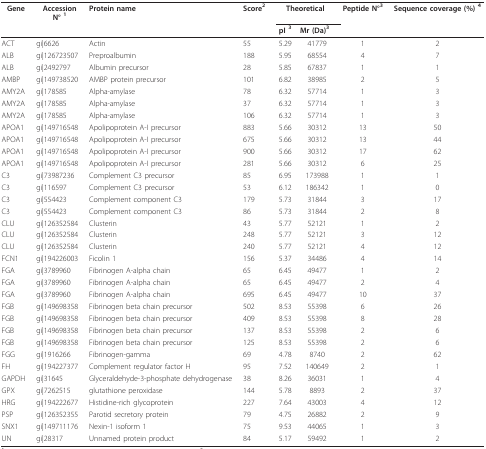
<table><thead><tr><td><b>Gene</b></td><td><b>AccessionN° <sup>1</sup></b></td><td><b>Protein name</b></td><td><b>Score<sup>2</sup></b></td><td colspan="2"><b>Theoretical</b></td><td><b>Peptide N°<sup>3</sup></b></td><td><b>Sequence coverage (%) <sup>4</sup></b></td></tr><tr><td>[EMPTY_CELL]</td><td>[EMPTY_CELL]</td><td>[EMPTY_CELL]</td><td>[EMPTY_CELL]</td><td><b>pI <sup>3</sup></b></td><td><b>Mr (Da)<sup>3</sup></b></td><td>[EMPTY_CELL]</td><td>[EMPTY_CELL]</td></tr></thead><tbody><tr><td>ACT</td><td>gi|6626</td><td>Actin</td><td>55</td><td>5.29</td><td>41779</td><td>1</td><td>2</td></tr><tr><td>ALB</td><td>gi|126723507</td><td>Preproalbumin</td><td>188</td><td>5.95</td><td>68554</td><td>4</td><td>7</td></tr><tr><td>ALB</td><td>gi|2492797</td><td>Albumin precursor</td><td>28</td><td>5.85</td><td>67837</td><td>1</td><td>1</td></tr><tr><td>AMBP</td><td>gi|149738520</td><td>AMBP protein precursor</td><td>101</td><td>6.82</td><td>38985</td><td>2</td><td>5</td></tr><tr><td>AMY2A</td><td>gi|178585</td><td>Alpha-amylase</td><td>78</td><td>6.32</td><td>57714</td><td>1</td><td>3</td></tr><tr><td>AMY2A</td><td>gi|178585</td><td>Alpha-amylase</td><td>37</td><td>6.32</td><td>57714</td><td>1</td><td>3</td></tr><tr><td>AMY2A</td><td>gi|178585</td><td>Alpha-amylase</td><td>106</td><td>6.32</td><td>57714</td><td>1</td><td>3</td></tr><tr><td>APOA1</td><td>gi|149716548</td><td>Apolipoprotein A-I precursor</td><td>883</td><td>5.66</td><td>30312</td><td>13</td><td>50</td></tr><tr><td>APOA1</td><td>gi|149716548</td><td>Apolipoprotein A-I precursor</td><td>675</td><td>5.66</td><td>30312</td><td>13</td><td>44</td></tr><tr><td>APOA1</td><td>gi|149716548</td><td>Apolipoprotein A-I precursor</td><td>900</td><td>5.66</td><td>30312</td><td>17</td><td>62</td></tr><tr><td>APOA1</td><td>gi|149716548</td><td>Apolipoprotein A-I precursor</td><td>281</td><td>5.66</td><td>30312</td><td>6</td><td>25</td></tr><tr><td>C3</td><td>gi|73987236</td><td>Complement C3 precursor</td><td>85</td><td>6.95</td><td>173988</td><td>1</td><td>1</td></tr><tr><td>C3</td><td>gi|116597</td><td>Complement C3 precursor</td><td>53</td><td>6.12</td><td>186342</td><td>1</td><td>0</td></tr><tr><td>C3</td><td>gi|554423</td><td>Complement component C3</td><td>179</td><td>5.73</td><td>31844</td><td>3</td><td>17</td></tr><tr><td>C3</td><td>gi|554423</td><td>Complement component C3</td><td>86</td><td>5.73</td><td>31844</td><td>2</td><td>8</td></tr><tr><td>CLU</td><td>gi|126352584</td><td>Clusterin</td><td>43</td><td>5.77</td><td>52121</td><td>1</td><td>2</td></tr><tr><td>CLU</td><td>gi|126352584</td><td>Clusterin</td><td>248</td><td>5.77</td><td>52121</td><td>3</td><td>12</td></tr><tr><td>CLU</td><td>gi|126352584</td><td>Clusterin</td><td>240</td><td>5.77</td><td>52121</td><td>4</td><td>12</td></tr><tr><td>FCN1</td><td>gi|194226003</td><td>Ficolin 1</td><td>156</td><td>5.37</td><td>34486</td><td>4</td><td>14</td></tr><tr><td>FGA</td><td>gi|3789960</td><td>Fibrinogen A-alpha chain</td><td>65</td><td>6.45</td><td>49477</td><td>1</td><td>2</td></tr><tr><td>FGA</td><td>gi|3789960</td><td>Fibrinogen A-alpha chain</td><td>65</td><td>6.45</td><td>49477</td><td>2</td><td>4</td></tr><tr><td>FGA</td><td>gi|3789960</td><td>Fibrinogen A-alpha chain</td><td>695</td><td>6.45</td><td>49477</td><td>10</td><td>37</td></tr><tr><td>FGB</td><td>gi|149698358</td><td>Fibrinogen beta chain precursor</td><td>502</td><td>8.53</td><td>55398</td><td>6</td><td>26</td></tr><tr><td>FGB</td><td>gi|149698358</td><td>Fibrinogen beta chain precursor</td><td>409</td><td>8.53</td><td>55398</td><td>8</td><td>28</td></tr><tr><td>FGB</td><td>gi|149698358</td><td>Fibrinogen beta chain precursor</td><td>137</td><td>8.53</td><td>55398</td><td>2</td><td>6</td></tr><tr><td>FGB</td><td>gi|149698358</td><td>Fibrinogen beta chain precursor</td><td>125</td><td>8.53</td><td>55398</td><td>2</td><td>6</td></tr><tr><td>FGG</td><td>gi|1916266</td><td>Fibrinogen-gamma</td><td>69</td><td>4.78</td><td>8740</td><td>2</td><td>62</td></tr><tr><td>FH</td><td>gi|194227377</td><td>Complement regulator factor H</td><td>95</td><td>7.52</td><td>140649</td><td>2</td><td>1</td></tr><tr><td>GAPDH</td><td>gi|31645</td><td>Glyceraldehyde-3-phosphate dehydrogenase</td><td>38</td><td>8.26</td><td>36031</td><td>1</td><td>4</td></tr><tr><td>GPX</td><td>gi|7262515</td><td>glutathione peroxidase</td><td>144</td><td>5.78</td><td>8893</td><td>2</td><td>37</td></tr><tr><td>HRG</td><td>gi|194222677</td><td>Histidine-rich glycoprotein</td><td>227</td><td>7.64</td><td>43003</td><td>4</td><td>12</td></tr><tr><td>PSP</td><td>gi|126352355</td><td>Parotid secretory protein</td><td>79</td><td>4.75</td><td>26882</td><td>2</td><td>9</td></tr><tr><td>SNX1</td><td>gi|149711176</td><td>Nexin-1 isoform 1</td><td>75</td><td>9.53</td><td>44065</td><td>1</td><td>3</td></tr><tr><td>UN</td><td>gi|28317</td><td>Unnamed protein product</td><td>84</td><td>5.17</td><td>59492</td><td>1</td><td>2</td></tr></tbody></table>